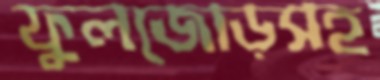
ফুলজোড়সহ